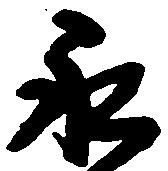
永